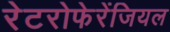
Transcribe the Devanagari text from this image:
रेटरोफेरेंजियल